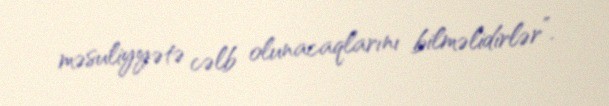
məsuliyyətə cəlb olunacaqlarını bilməlidirlər”.